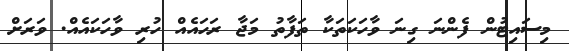
މިސައިޓުން ފެންނަ ގިނަ ވާހަކަތަކާ ތަފާތު މަޖާ ރަހައެއް ހުރި ވާހަކައެއް. ވަރަށް